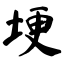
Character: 埂